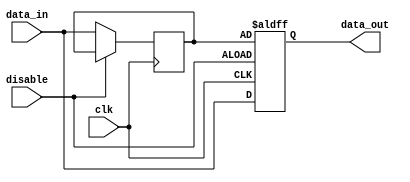
module Disable (
    input wire clk,                // Clock signal
    input wire disable,            // Disable control signal (active high)
    input wire [WIDTH-1:0] data_in, // Input data
    output reg [WIDTH-1:0] data_out // Output data
);
    parameter WIDTH = 8; // Parameter to set the width of the data signals

    // Internal register to hold last valid output
    reg [WIDTH-1:0] last_valid_output;

    always @(posedge clk or posedge disable) begin
        if (disable) begin
            // Maintain the last valid output when disabled
            data_out <= last_valid_output; // Maintain previous output
        end else begin
            // Process inputs when enabled
            data_out <= data_in;           // Output current input data
            last_valid_output <= data_in;  // Update last valid output
        end
    end

    // Optional: If a reset signal is required, you can add it here
    // input wire reset,
    // always @(posedge clk or posedge reset) begin
    //     if (reset) begin
    //         data_out <= 0; // Reset output
    //         last_valid_output <= 0; // Reset last valid output
    //     end
    // end

endmodule